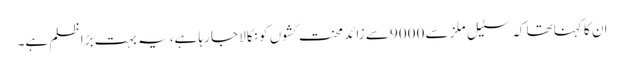
ان کا کہنا تھا کہ سٹیل ملز سے 9000 سے زائد محنت کشوں کو نکالا جا رہا ہے، یہ بہت بڑا ظلم ہے۔